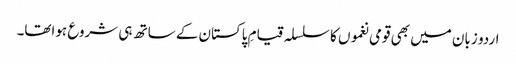
اردو زبان میں بھی قومی نغموں کا سلسلہ قیامِ پاکستان کے ساتھ ہی شروع ہواتھا۔